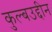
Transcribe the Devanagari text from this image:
कुल्बउद्दीन